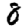
Digit: 8